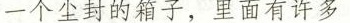
一个尘封的箱子，里面有许多